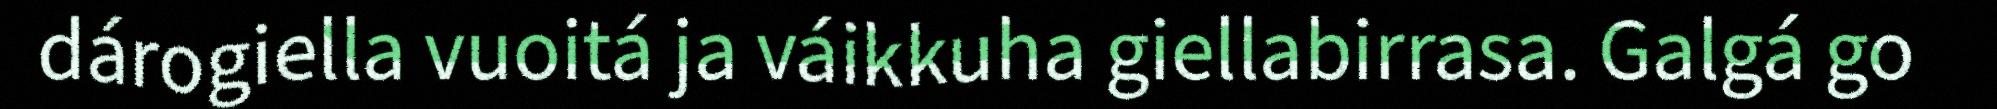
dárogiella vuoitá ja váikkuha giellabirrasa. Galgá go